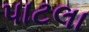
પાટલા